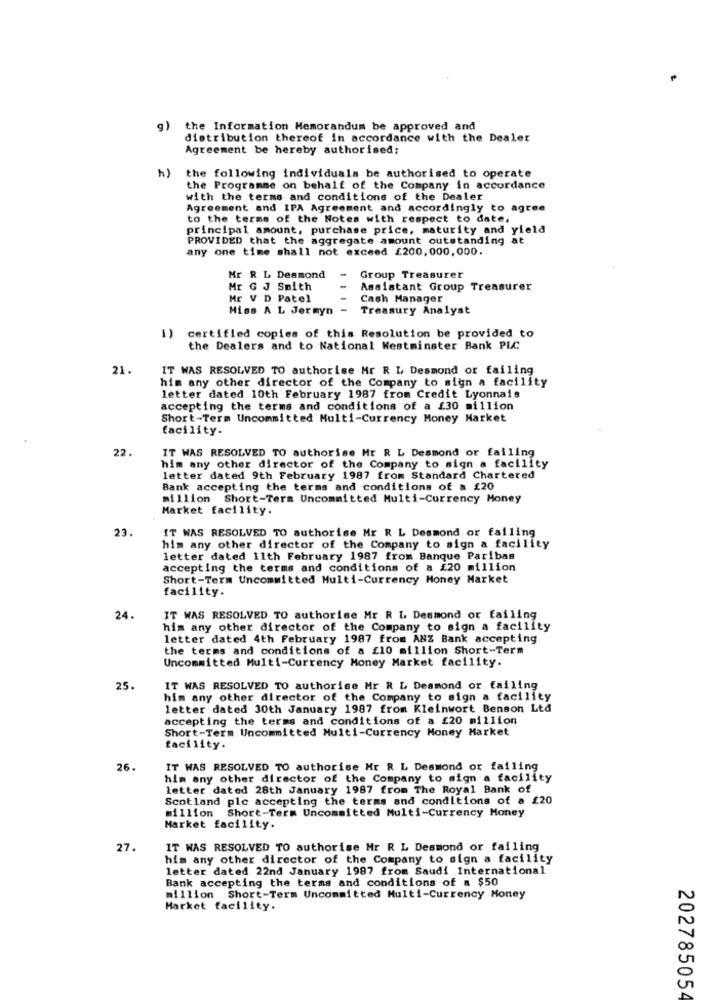
g)
the Information Memorandum be approved and
distribution thereof in accordance with the Dealer
Agreement be hereby authorised;
h)
the following individuals be authorised to operate
the Programme on behalf of the Company in accordance
with the terms and conditions of the Dealer
Agreement and IPA Agreement and accordingly to agree
to the terms of the Notes with respect to date,
principal amount, purchase price, maturity and yield
PROVIDED that the aggregate amount outstanding at
any one time shall not exceed £200,000,000.
Mr R L Desmond
-
Group Treasurer
Mr G J Smith
Assistant Group Treasurer
Mr V D Patel
Cash Manager
Miss A L Jermyn
Treasury Analyst
1)
certified copies of this Resolution be provided to
the Dealers and to National Westminster Bank PLC
21.
IT WAS RESOLVED TO authorise Mr R L Desmond or failing
him any other director of the Company to sign a facility
letter dated 10th February 1987 from Credit Lyonnais
accepting the terms and conditions of a £30 million
Short-Term Uncommitted Multi-Currency Money Market
facility.
22.
IT WAS RESOLVED TO authorise Mr R L Desmond or failing
him any other director of the Company to sign a facility
letter dated 9th February 1987 from Standard Chartered
Bank accepting the terms and conditions of a 120
million Short-Term Uncommitted Multi-Currency Money
Market facility.
23.
IT WAS RESOLVED TO authorise Mr R L Desmond or failing
him any other director of the Company to sign a facility
letter dated 11th February 1987 from Banque Paribas
accepting the terms and conditions of a £20 million
Short-Term Uncommitted Multi-Currency Money Market
facility.
24.
IT WAS RESOLVED TO authorise Mr R L Desmond or failing
him any other director of the Company to sign a facility
letter dated 4th February 1987 from ANZ Bank accepting
the terms and conditions of a £10 million Short-Term
Uncommitted Multi-Currency Money Market facility.
25.
IT WAS RESOLVED TO authorise Mr R & Desmond or failing
him any other director of the Company to sign a facility
letter dated 30th January 1987 from Kleinwort Benson Ltd
accepting the terms and conditions of a £20 million
Short-Term Uncommitted Multi-Currency Money Market
facility.
26.
IT WAS RESOLVED TO authorise Mr R L Desmond or failing
him any other director of the Company to sign a facility
letter dated 28th January 1987 from The Royal Bank of
Scotland plc accepting the terms and conditions of a £20
million Short-Term Uncommitted Multi-Currency Money
Market facility.
27.
IT WAS RESOLVED TO authorise Mr R L Desmond or failing
him any other director of the Company to sign a facility
letter dated 22nd January 1987 from Saudi International
Bank accepting the terms and conditions of a $50
million Short-Term Uncommitted Multi-Currency Money
Market facility.
202785054